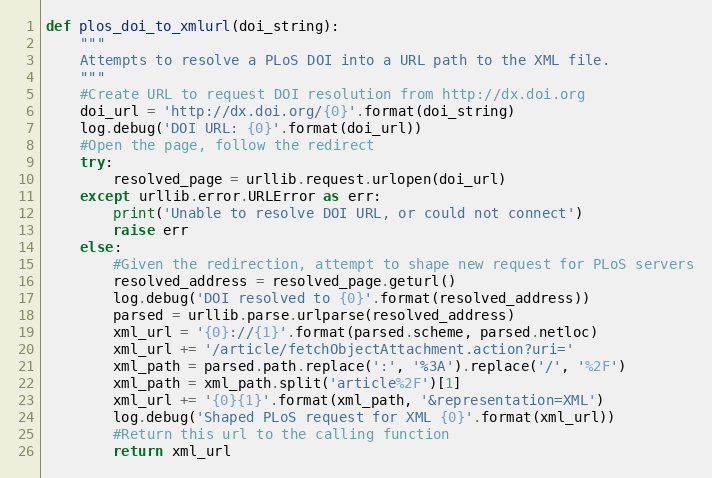
Language: Python
def plos_doi_to_xmlurl(doi_string):
    """
    Attempts to resolve a PLoS DOI into a URL path to the XML file.
    """
    #Create URL to request DOI resolution from http://dx.doi.org
    doi_url = 'http://dx.doi.org/{0}'.format(doi_string)
    log.debug('DOI URL: {0}'.format(doi_url))
    #Open the page, follow the redirect
    try:
        resolved_page = urllib.request.urlopen(doi_url)
    except urllib.error.URLError as err:
        print('Unable to resolve DOI URL, or could not connect')
        raise err
    else:
        #Given the redirection, attempt to shape new request for PLoS servers
        resolved_address = resolved_page.geturl()
        log.debug('DOI resolved to {0}'.format(resolved_address))
        parsed = urllib.parse.urlparse(resolved_address)
        xml_url = '{0}://{1}'.format(parsed.scheme, parsed.netloc)
        xml_url += '/article/fetchObjectAttachment.action?uri='
        xml_path = parsed.path.replace(':', '%3A').replace('/', '%2F')
        xml_path = xml_path.split('article%2F')[1]
        xml_url += '{0}{1}'.format(xml_path, '&representation=XML')
        log.debug('Shaped PLoS request for XML {0}'.format(xml_url))
        #Return this url to the calling function
        return xml_url